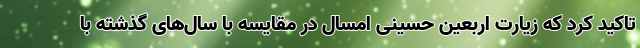
تاکید کرد که زیارت اربعین حسینی امسال در مقایسه با سال‌های گذشته با